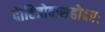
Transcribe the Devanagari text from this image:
दौहित्रोवासहोदरः